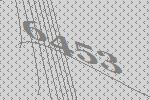
6453